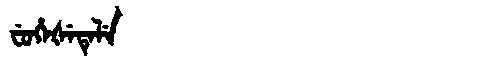
Manchu: ᠸᡠᡥᡝᡧᡝᡨᡝᠯᡝ
Romanization: FUHEŠETELE